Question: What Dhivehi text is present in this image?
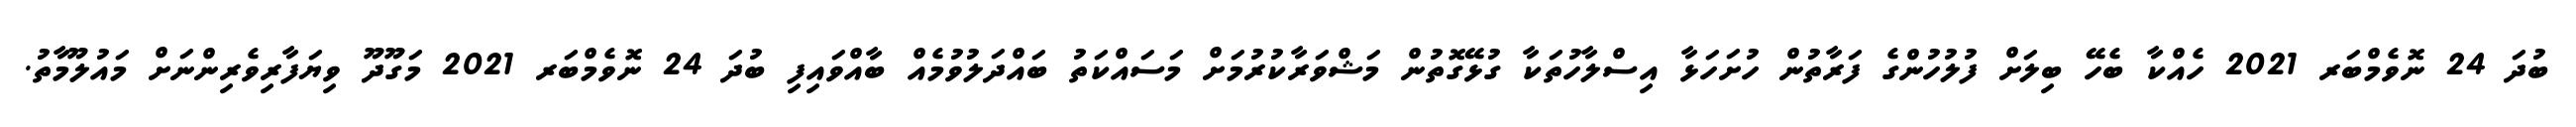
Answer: ބުދަ 24 ނޮވެމްބަރ 2021 ހެއްކާ ބެހޭ ބިލަށް ފުލުހުންގެ ފަރާތުން ހުށަހަޅާ އިސްލާހުތަކާ ގުޅޭގޮތުން މަޝްވަރާކުރުމަށް މަސައްކަތު ބައްދަލުވުމެއް ބާއްވައިފި ބުދަ 24 ނޮވެމްބަރ 2021 މަގޫދޫ ވިޔަފާރިވެރިންނަށް މައުލޫމާތު.